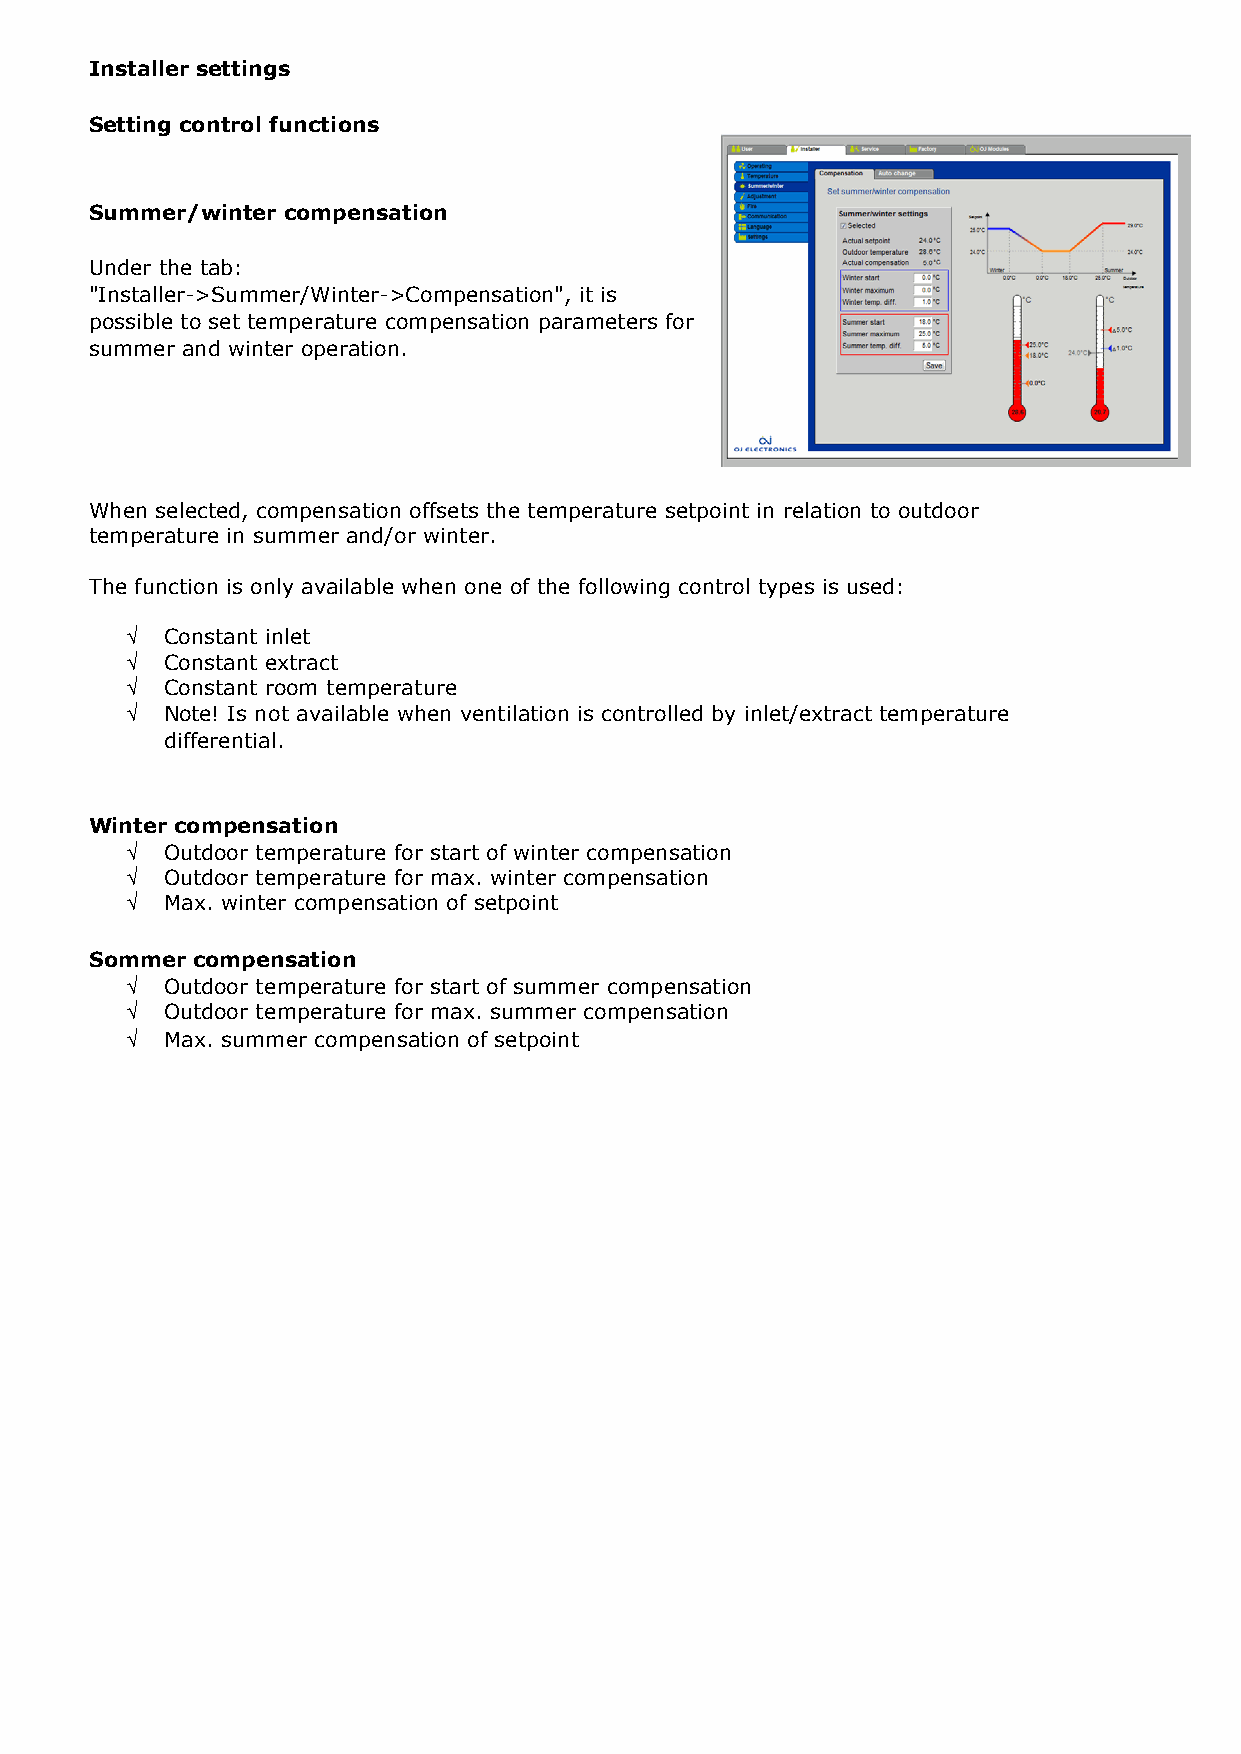
Installer settings Installer settings
 Setting control functions Setting control functions
 Dehumidification
 Summer/winter compensation
 The function is used to lower the relative humidity in the room by dehumidification.
 The dehumidification process is intelligently controlled by three moisture sensors (HTH-20X). Under the tab:
 When dehumidification of the room is demanded, the energy content of the air (enthalpy) is measured "Installer->Summer/Winter->Compensation", it is
 continuously in the fresh air and exhaust air respectively. The air that is dehumidified and supplied to
 possible to set temperature compensation parameters for
 the room will thus always be the air that requires least energy for dehumidification.
 summer and winter operation.
 To obtain optimum control, it is recommended that a dew point sensor is installed and configured
 between the cooling element and the heating element. This sensor is, however, not absolutely
 necessary for dehumidification to function. If no dew point sensor is used, dehumidification will be
 accomplished via a permanently set "% open" value for the cooling element. This value is set under:
 "Installer > Temperature > Dehumidification" in the menu: "Cooling output"
 Dehumidification is accomplished by the installed cooling element while the temperature is maintained
 according to the setpoint by subsequent heating of the inlet air by the heating element. When selected, compensation offsets the temperature setpoint in relation to outdoor
 temperature in summer and/or winter.
 Minimum configuration: Three humidity sensors, a recirculation damper and heating and cooling
 batteries must always be installed to permit dehumidification. The function is only available when one of the following control types is used:
 NOTE! A multi-purpose battery cannot replace the heating or cooling battery.
 √  Constant inlet
 √  Constant extract
 The three humidity sensors should therefore be installed in : √ Constant room temperature
 • Inlet duct √ Note! Is not available when ventilation is controlled by inlet/extract temperature
 • Exhaust duct differential.
 • Air mixing point
 = red arrow indicates sensor position Winter compensation
 √  Outdoor temperature for start of winter compensation
 √  Outdoor temperature for max. winter compensation
 √  Max. winter compensation of setpoint
 Sommer compensation
 √  Outdoor temperature for start of summer compensation
 √  Outdoor temperature for max. summer compensation
 √  Max. summer compensation of setpoint
 Dehumidification, control
 Tick to select whether dehumidification is to be active.
 Setpoint
 Set setpoint for exhaust control (exhaust/room air).
 Dew point
 Set cooling output for dehumidification if no dew point sensor is installed.
 Temp. reading (calculated) = calculated dew point temperature
 Temp. reading (actual) = actual dew point temperature